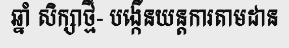
ឆ្នាំ សិក្សាថ្មី- បង្កើនយន្តការតាមដាន